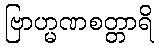
ဗြာဟ္မဏစတ္တာရိ